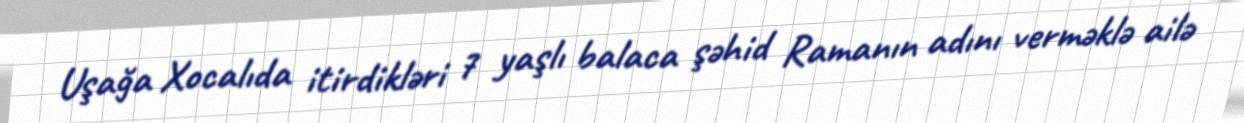
Uşağa Xocalıda itirdikləri 7 yaşlı balaca şəhid Ramanın adını verməklə ailə